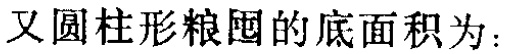
又圆柱形粮囤的底面积为：